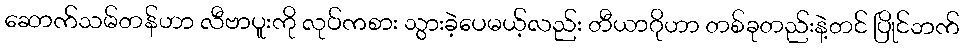
ဆောက်သမ်တန်ဟာ လီဗာပူးကို လုပ်ကစား သွားခဲ့ပေမယ့်လည်း တီယာဂိုဟာ တစ်ခုတည်းနဲ့တင် ပြိုင်ဘက်